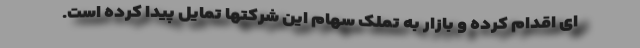
ای اقدام کرده و بازار به تملک سهام این شرکتها تمایل پیدا کرده است.